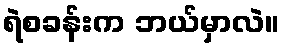
ရဲစခန်းက ဘယ်မှာလဲ။